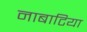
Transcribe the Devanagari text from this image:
नाबाटिया